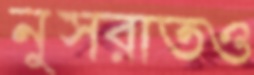
নুসরাতও